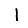
Digit: 1